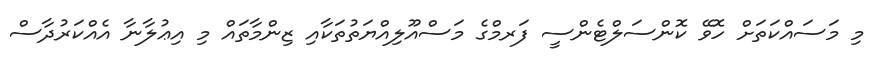
މި މަސައްކަތަށް ހޮވޭ ކޮންސަލްޓެންސީ ފަރމްގެ މަސްއޫލިއްޔަތުތަކާއި ޒިންމާތައް މި އިޢުލާނާ އެއްކަރުދާސް